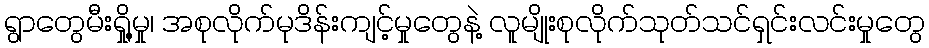
ရွာတွေမီးရှို့မှု၊ အစုလိုက်မုဒိန်းကျင့်မှုတွေနဲ့ လူမျိုးစုလိုက်သုတ်သင်ရှင်းလင်းမှုတွေ